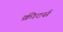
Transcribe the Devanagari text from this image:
क्रीटर्स